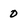
Character: 0